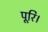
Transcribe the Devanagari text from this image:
पूरि।